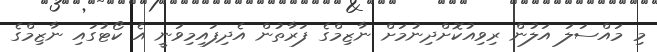
މި މައްސަލަ އަލުން ރިވިއުކޮށްދިނުމަށް ނާޒިމްގެ ފަރާތުން އެދިފައިމިވަނީ އެ ކޯޓުގައި ނާޒިމްގެ